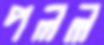
পলল